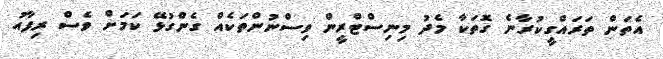
އެތަން ތަރައްގީކުރާނެ ގޮތަކާ މެދު މިނިސްޓްރީން ވިސްނުންތަކެއް ގެންގުޅޭ ކަމަށް ވެސް ރިފާއު